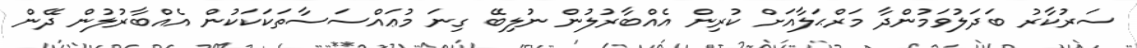
ސަރުކާރު ބަދަލުވަމުންދާ މަރްޙަލާއަށް ކުރިން އެއްބާރުލުން ނުލިބޭ ގިނަ މުޢައްސަސާތަކަކަކުން އެއްބާރުލުން ދޭން